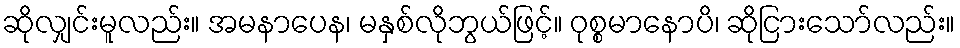
ဆိုလျှင်းမူလည်း။ အမနာပေန၊ မနှစ်လိုဘွယ်ဖြင့်။ ဝုစ္စမာနောပိ၊ ဆိုငြားသော်လည်း။